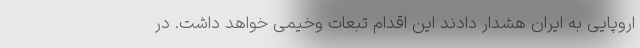
اروپایی به ایران هشدار دادند این اقدام تبعات وخیمی خواهد داشت. در